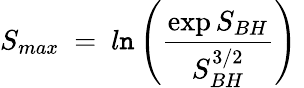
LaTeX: S_{max}~=~l\mathtt{n}\left({\frac{{\exp{S_{BH}}}}{{S_{BH}^{3/2}}}}\right)~